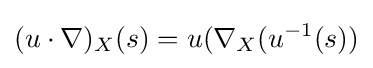
(u\cdot \nabla )_{X}(s)=u(\nabla _{X}(u^{-1}(s))